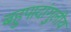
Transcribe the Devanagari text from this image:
बहुपादांगुलीय